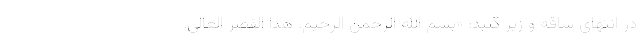
در انتهای ساقه و زیر گنبد: «بسم الله الرحمن الرحیم. هذا القصر العالی.